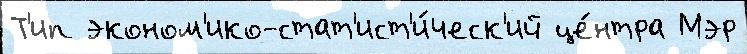
Т'ип эконом'ико-стат'ист'и́ческ'ий це́нтра Мэр